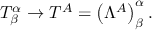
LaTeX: T _ { \beta } ^ { \alpha } \rightarrow T ^ { A } = \left( \Lambda ^ { A } \right) _ { \beta } ^ { \alpha } .